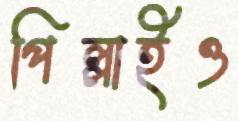
পিল্লাইও